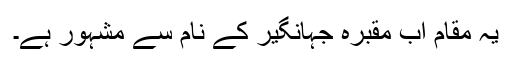
یہ مقام اب مقبرہ جہانگیر کے نام سے مشہور ہے۔